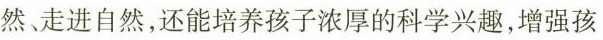
然走进自然，还能培养孩子浓厚的科学兴趣，增强孩